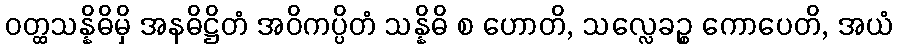
ဝတ္ထသန္နိဓိမှိ အနဓိဋ္ဌိတံ အဝိကပ္ပိတံ သန္နိဓိ စ ဟောတိ, သလ္လေခဉ္စ ကောပေတိ, အယံ